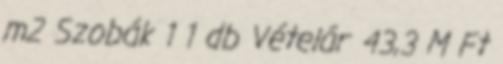
m2 Szobák 1 1 db Vételár 43,3 M Ft